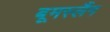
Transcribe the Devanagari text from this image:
बूमस्लैंग